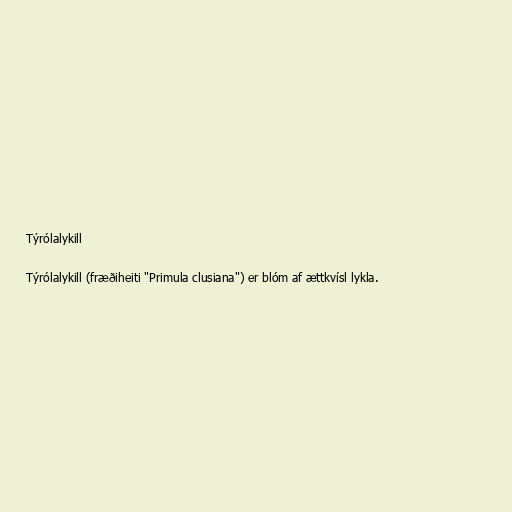
Týrólalykill

Týrólalykill (fræðiheiti "Primula clusiana") er blóm af ættkvísl lykla.